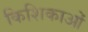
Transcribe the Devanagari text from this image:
किशिकाओं